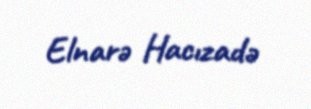
Elnarə Hacızadə